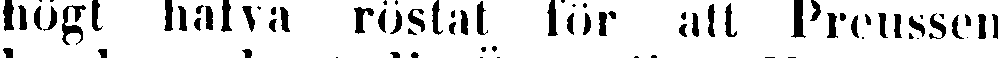
högt hafva röstat för att Preussen